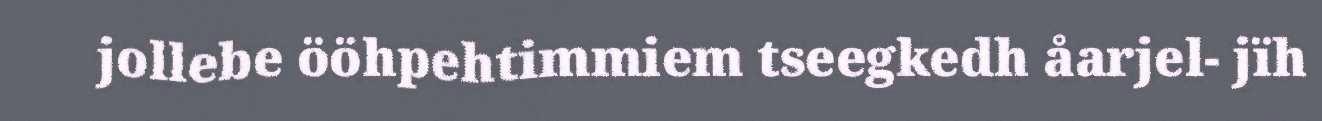
jollebe ööhpehtimmiem tseegkedh åarjel- jïh